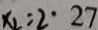
x _ { 2 } = 2 \cdot 2 7